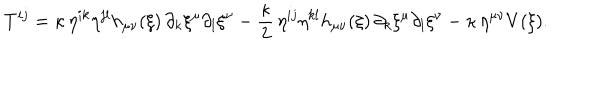
T ^ { i j } = \kappa \, \eta ^ { i k } \eta ^ { j l } h _ { \mu \nu } ( \xi ) \, \partial _ { k } \xi ^ { \mu } \partial _ { l } \xi ^ { \nu } - \frac { \kappa } { 2 } \, \eta ^ { i j } \eta ^ { k l } h _ { \mu \nu } ( \xi ) \, \partial _ { k } \xi ^ { \mu } \partial _ { l } \xi ^ { \nu } - \kappa \, \eta ^ { \mu \nu } V ( \xi ) .